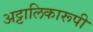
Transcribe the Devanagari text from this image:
अट्टालिकारूपी